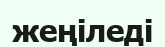
жеңіледі